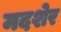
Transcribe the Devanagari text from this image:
मदशेर